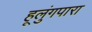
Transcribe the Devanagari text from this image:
हूलुंगपारा